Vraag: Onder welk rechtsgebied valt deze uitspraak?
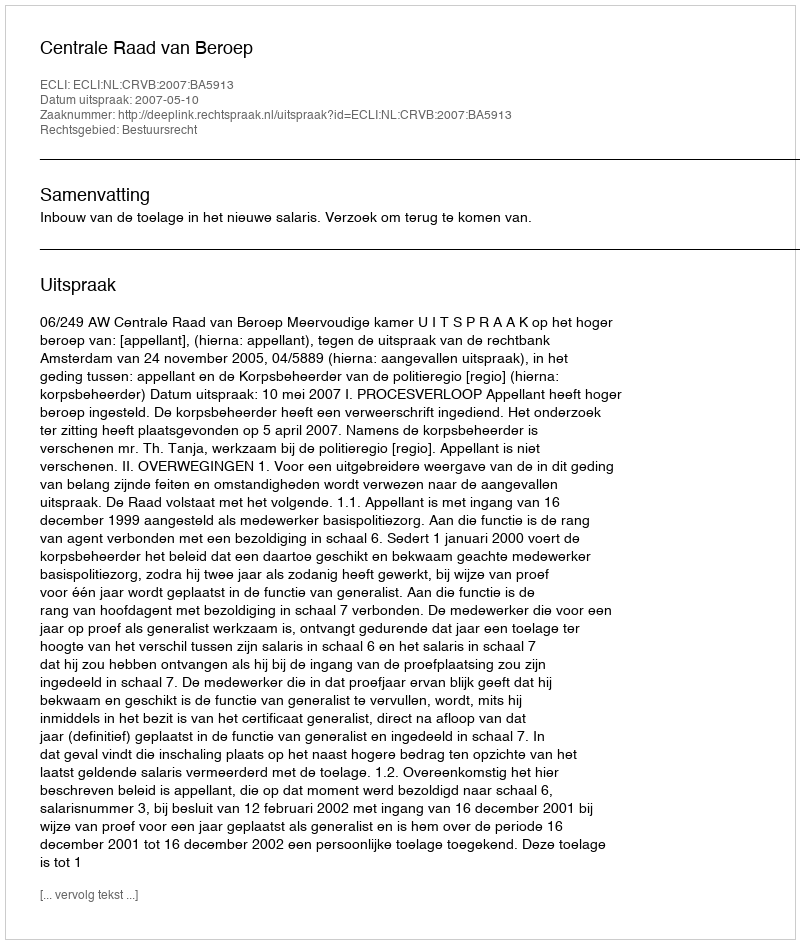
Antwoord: Bestuursrecht